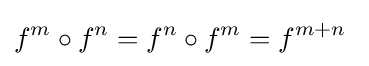
f^{m}\circ f^{n}=f^{n}\circ f^{m}=f^{m+n}~